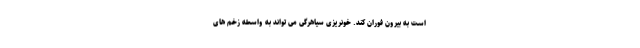
است به بیرون فوران کند. خونریزی سیاهرگی می تواند به واسطه زخم های